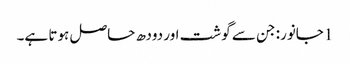
1جانور: جن سے گوشت اور دودھ حاصل ہوتا ہے۔